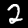
Digit: 2